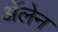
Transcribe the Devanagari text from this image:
ॲलेन